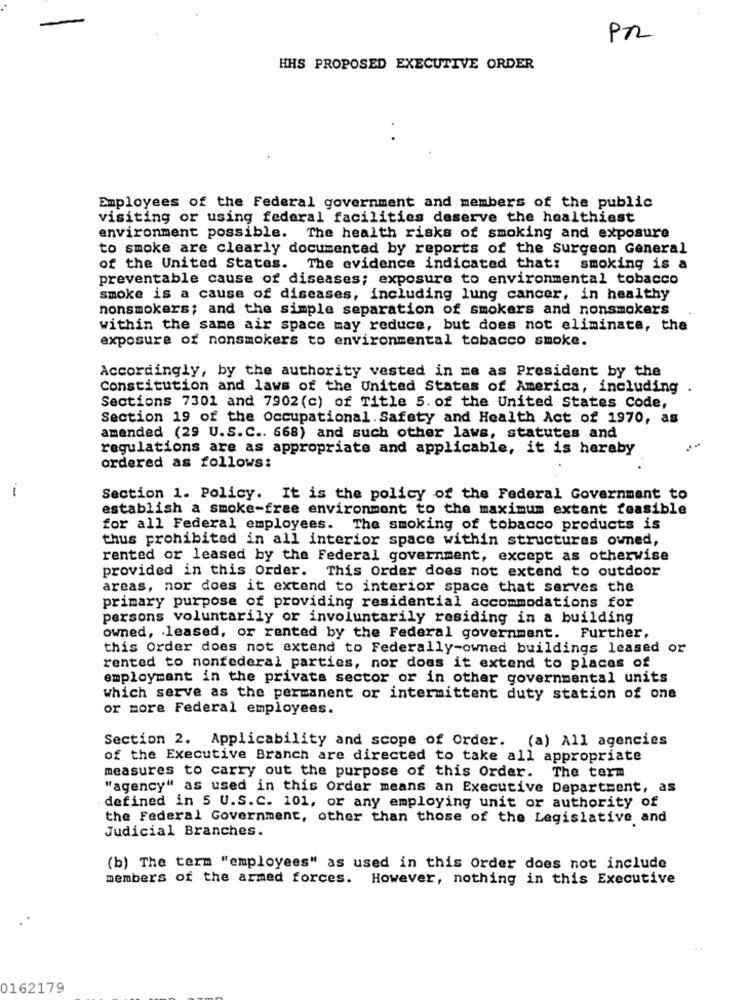
PZ
HHS PROPOSED EXECUTIVE ORDER
Employees of the Federal government and members of the public
visiting or using federal facilities deserve the healthiest
environment possible. The health risks of smoking and exposure
to smoke are clearly documented by reports of the surgeon General
of the United States. The evidence indicated that: smoking is a
preventable cause of diseases; exposure to environmental tobacco
smoke is a cause of diseases, including lung cancer, in healthy
nonsmokers; and the simple separation of smokers and nonsmokers
within the same air space may reduce, but does not eliminate, the
exposure of nonsmokers to environmental tobacco smoke.
Accordingly, by the authority vested in me as President by the
Constitution and laws of the United States of America, including .
Sections 7301 and 7902 (c) of Title 5. of the United States Code,
Section 19 of the Occupational. Safety and Health Act of 1970, as
amended (29 U.S.C .. 668) and such other laws, statutes and
regulations are as appropriate and applicable, it is hereby
ordered as follows:
Section 1. Policy. It is the policy of the Federal Government to
establish a smoke-free environment to the maximum extent feasible
for all Federal employees. The smoking of tobacco products is
thus prohibited in all interior space within structures owned,
rented or leased by the Federal government, except as otherwise
provided in this Order. This Order does not extend to outdoor
areas, nor does it extend to interior space that serves the
primary purpose of providing residential accommodations for
persons voluntarily or involuntarily residing in a building
owned, leased, or rented by the Federal government. Further,
this Order does not extend to Federally-owned buildings leased or
rented to nonfederal parties, nor does it extend to places of
employment in the private sector or in other governmental units
which serve as the permanent or intermittent duty station of one
or more Federal employees.
Section 2. Applicability and scope of Order. (a) All agencies
of the Executive Branch are directed to take all appropriate
measures to carry out the purpose of this Order. The term
"agency" as used in this Order means an Executive Department, as
defined in 5 U.S.C. 101, or any employing unit or authority of
the Federal Government, other than those of the Legislative and
Judicial Branches.
(b) The term "employees" as used in this Order does not include
members of the armed forces. However, nothing in this Executive
0162179